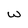
Character: w